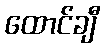
ထောင်ချီ